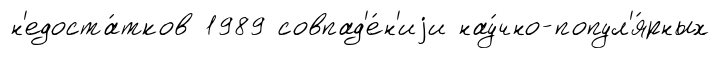
н'едоста́тков 1989 совпад'е́н'иjи нау́чно-попул'я́рных